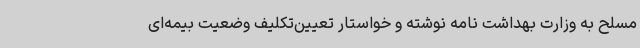
مسلح به وزارت‌ بهداشت نامه نوشته و خواستار تعیین‌تکلیف وضعیت بیمه‌ای